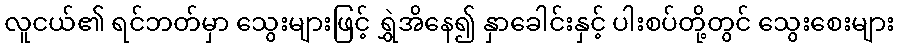
လူငယ်၏ ရင်ဘတ်မှာ သွေးများဖြင့် ရွှဲအိနေ၍ နှာခေါင်းနှင့် ပါးစပ်တို့တွင် သွေးစေးများ